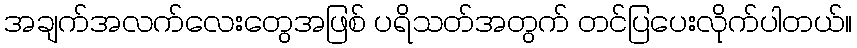
အချက်အလက်လေးတွေအဖြစ် ပရိသတ်အတွက် တင်ပြပေးလိုက်ပါတယ်။